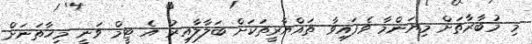
މި މުބާރާތަށް މިޔަންމާ ވެފައިވާ ތައްޔާރީތަކަށް ބަލާލާއިރު އެ ޓީމް ވަނީ މިހާތަނަށް